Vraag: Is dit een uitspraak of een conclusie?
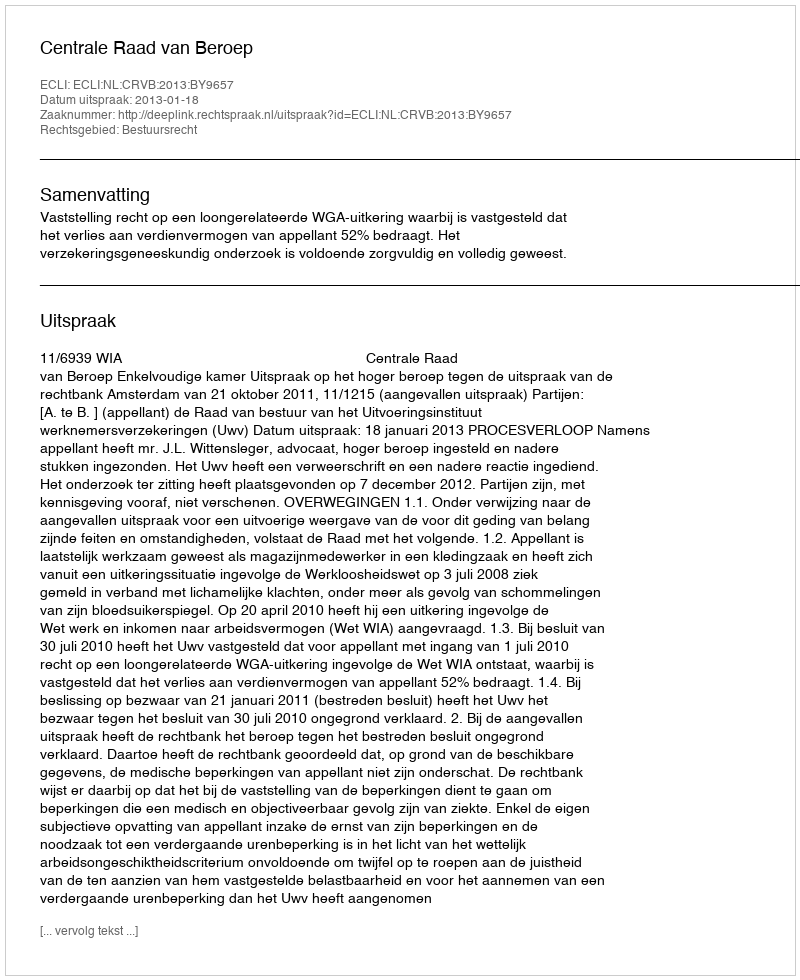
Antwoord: Uitspraak